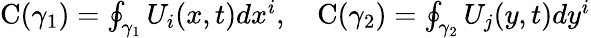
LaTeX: \begin{array}{r}{\mathrm{C}(\gamma_{1})=\oint_{\gamma_{1}}U_{i}(x,t)dx^{i},~~~~\mathrm{C}(\gamma_{2})=\oint_{\gamma_{2}}U_{j}(y,t)dy^{i}}\end{array}